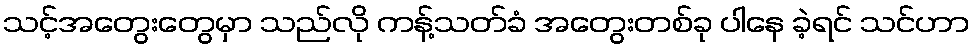
သင့်အတွေးတွေမှာ သည်လို ကန့်သတ်ခံ အတွေးတစ်ခု ပါနေ ခဲ့ရင် သင်ဟာ